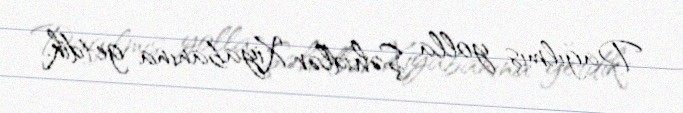
Dağılmış yolla Şəhidlər Xiyabanına getdik.